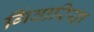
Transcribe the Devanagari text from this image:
गिंवारिया